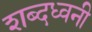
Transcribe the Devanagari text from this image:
शब्दध्वनी